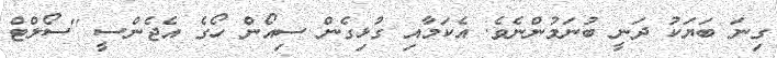
ގިނަ ބަޔަކު ދަނީ ބުނަމުންނެވެ. އެކަމާއި ގުޅިގެން ސިއޯން ހޯގެ އެޖެންސީ ''ސޯލްޓް